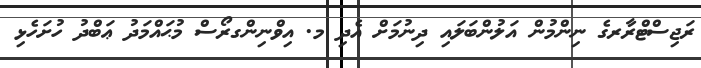
ރަޖިސްޓްރާރގެ ނިންމުން އަލުންބަލައި ދިނުމަށް އެދި މ. އިވްނިންގރޯސް މުޙައްމަދު ޢަބްދު ހުށަހެޅި